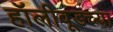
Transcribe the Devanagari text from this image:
हॉलीवूडच्या